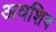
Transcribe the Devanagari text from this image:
अवशिष